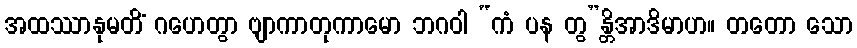
အထဿာနုမတိံ ဂဟေတွာ ဗျာကာတုကာမော ဘဂဝါ “ကံ ပန တွ”န္တိအာဒိမာဟ။ တတော သော